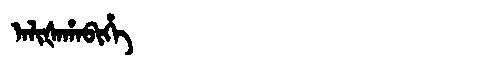
Manchu: ᠠᠯᡳᡧᠠᡥᠠᠪᡳᡥᡝ
Romanization: ALIŠAHABIHE